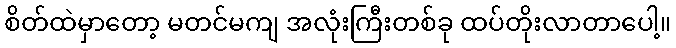
စိတ်ထဲမှာတော့ မတင်မကျ အလုံးကြီးတစ်ခု ထပ်တိုးလာတာပေါ့။